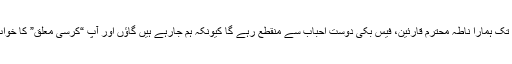
اب سے لے کر اتوار تک ہمارا ناطہ محترم قارئین، فیس بُکی دوست احباب سے منقطع رہے گا کیونکہ ہم جارہے ہیں گاؤں اور آپ “کرسی معلق” کا خواب دیکھتے رہیئے گا۔